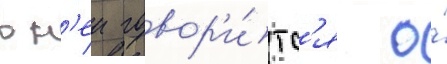
в н'еи говор'и́тс'я о́